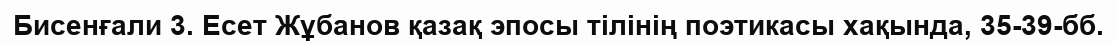
Бисенғали 3. Есет Жұбанов қазақ эпосы тілінің поэтикасы хақында, 35-39-бб.